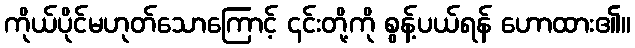
ကိုယ်ပိုင်မဟုတ်သောကြောင့် ၎င်းတို့ကို စွန့်ပယ်ရန် ဟောထား၏။